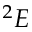
^ 2 E